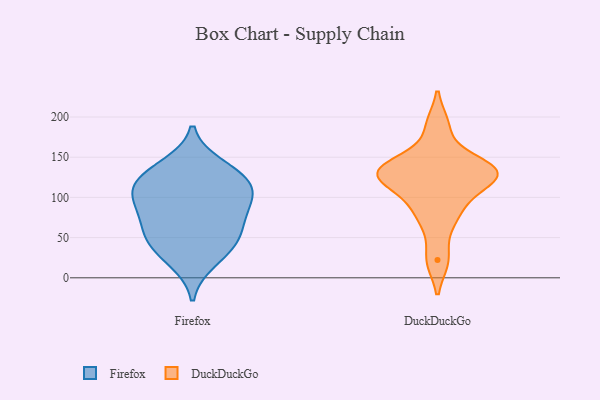
{"axis": {"x": "Bounce Rate (%)", "y": "Value"}, "legend": ["DuckDuckGo", "Firefox"], "data": [{"x": "", "y": 52, "type": "Firefox"}, {"x": "", "y": 80, "type": "Firefox"}, {"x": "", "y": 99, "type": "Firefox"}, {"x": "", "y": 39, "type": "Firefox"}, {"x": "", "y": 105, "type": "Firefox"}, {"x": "", "y": 139, "type": "Firefox"}, {"x": "", "y": 21, "type": "Firefox"}, {"x": "", "y": 123, "type": "Firefox"}, {"x": "", "y": 110, "type": "Firefox"}, {"x": "", "y": 127, "type": "Firefox"}, {"x": "", "y": 50, "type": "Firefox"}, {"x": "", "y": 76, "type": "Firefox"}, {"x": "", "y": 127, "type": "DuckDuckGo"}, {"x": "", "y": 115, "type": "DuckDuckGo"}, {"x": "", "y": 133, "type": "DuckDuckGo"}, {"x": "", "y": 132, "type": "DuckDuckGo"}, {"x": "", "y": 91, "type": "DuckDuckGo"}, {"x": "", "y": 71, "type": "DuckDuckGo"}, {"x": "", "y": 134, "type": "DuckDuckGo"}, {"x": "", "y": 140, "type": "DuckDuckGo"}, {"x": "", "y": 22, "type": "DuckDuckGo"}, {"x": "", "y": 189, "type": "DuckDuckGo"}]}